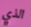
الذي